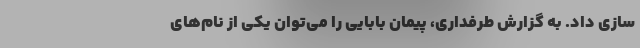
سازی داد. به گزارش طرفداری، پیمان بابایی را می‌توان یکی از نام‌های